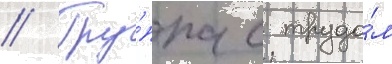
// Гру́ппа с трудо́м